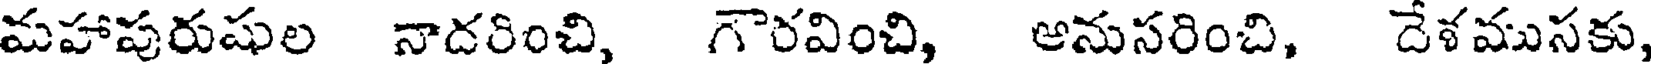
మహాపురుషుల నాదరించి, గౌరవించి, ఆనుసరించి, దేళముసకు,